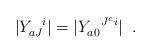
LaTeX: \begin{align*}|Y_{aJ}^{\;\;\;i}| = |Y_{a0}^{\;\;\;J^c i}| \;\; .\end{align*}